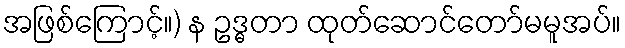
အဖြစ်ကြောင့်။) န ဥဒ္ဓတာ ထုတ်ဆောင်တော်မမူအပ်။